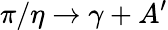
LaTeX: \pi/\eta\rightarrow\gamma+A^{\prime}